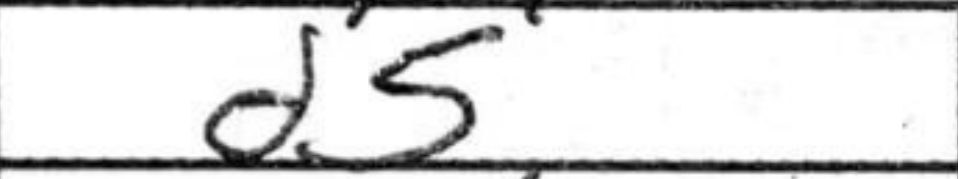
Transcription: d5